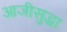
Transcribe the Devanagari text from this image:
आजीसुद्धा